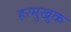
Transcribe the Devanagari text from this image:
हरमुखुक